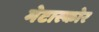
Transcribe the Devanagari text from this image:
मेटास्कोर